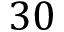
3 0